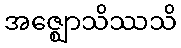
အဇ္ဈောသိဿသိ